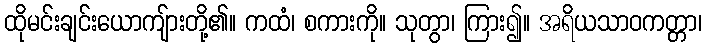
ထိုမင်းချင်းယောကျ်ားတို့၏။ ကထံ၊ စကားကို။ သုတွာ၊ ကြား၍။ အရိယသာဝကတ္တာ၊